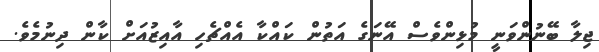
ޖިލާ ބޭނުންވަނީ މުޅިންވެސް އޭނަގެ އަތުން ކައްކާ އެއްޗެހި އާއިޒުއަށް ކާން ދިނުމެވެ.